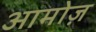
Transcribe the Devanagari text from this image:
आमोज़